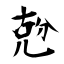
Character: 兝